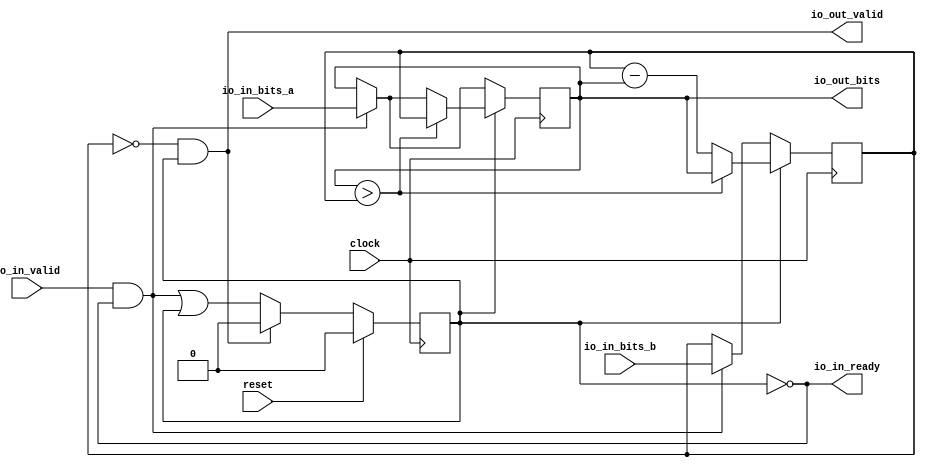
module RealGCD2( // @[:@3.2]
  input         clock, // @[:@4.4]
  input         reset, // @[:@5.4]
  output        io_in_ready, // @[:@6.4]
  input         io_in_valid, // @[:@6.4]
  input  [15:0] io_in_bits_a, // @[:@6.4]
  input  [15:0] io_in_bits_b, // @[:@6.4]
  output        io_out_valid, // @[:@6.4]
  output [15:0] io_out_bits // @[:@6.4]
);
`ifdef RANDOMIZE_REG_INIT
  reg [31:0] _RAND_0;
  reg [31:0] _RAND_1;
  reg [31:0] _RAND_2;
`endif // RANDOMIZE_REG_INIT
  reg [15:0] x; // @[GCDSpec.scala 38:14:@11.4]
  reg [15:0] y; // @[GCDSpec.scala 39:14:@12.4]
  reg  p; // @[GCDSpec.scala 40:18:@13.4]
  wire  _T_23 = ~p; // @[GCDSpec.scala 45:18:@18.4]
  wire  _T_26 = io_in_valid & _T_23; // @[GCDSpec.scala 47:21:@21.4]
  wire [15:0] _GEN_0 = _T_26 ? io_in_bits_a : x; // @[GCDSpec.scala 47:28:@22.4]
  wire  _GEN_2 = _T_26 | p; // @[GCDSpec.scala 47:28:@22.4]
  wire  _T_28 = x > y; // @[GCDSpec.scala 54:13:@28.6]
  wire [15:0] _T_31 = y - x; // @[GCDSpec.scala 55:30:@36.8]
  wire  _T_33 = y == 16'h0; // @[GCDSpec.scala 59:21:@41.4]
  assign io_in_ready = ~p; // @[GCDSpec.scala 45:18:@18.4]
  assign io_out_valid = _T_33 & p; // @[GCDSpec.scala 59:29:@42.4]
  assign io_out_bits = x;
  always @(posedge clock) begin
    if (p) begin // @[GCDSpec.scala 53:12:@27.4]
      if (_T_28) begin // @[GCDSpec.scala 54:19:@29.6]
        x <= y;
      end else begin
        x <= _GEN_0;
      end
    end else begin
      x <= _GEN_0;
    end
    if (p) begin // @[GCDSpec.scala 53:12:@27.4]
      if (_T_28) begin // @[GCDSpec.scala 54:19:@29.6]
        y <= x;
      end else begin
        y <= _T_31;
      end
    end else if (_T_26) begin // @[GCDSpec.scala 47:28:@22.4]
      y <= io_in_bits_b;
    end
    if (reset) begin
      p <= 1'h0;
    end else if (io_out_valid) begin // @[GCDSpec.scala 60:23:@44.4]
      p <= 1'h0;
    end else begin
      p <= _GEN_2;
    end
  end
// Register and memory initialization
`ifdef RANDOMIZE_GARBAGE_ASSIGN
`define RANDOMIZE
`endif
`ifdef RANDOMIZE_INVALID_ASSIGN
`define RANDOMIZE
`endif
`ifdef RANDOMIZE_REG_INIT
`define RANDOMIZE
`endif
`ifdef RANDOMIZE_MEM_INIT
`define RANDOMIZE
`endif
`ifndef RANDOM
`define RANDOM $random
`endif
`ifdef RANDOMIZE_MEM_INIT
  integer initvar;
`endif
`ifndef SYNTHESIS
`ifdef FIRRTL_BEFORE_INITIAL
`FIRRTL_BEFORE_INITIAL
`endif
initial begin
  `ifdef RANDOMIZE
    `ifdef INIT_RANDOM
      `INIT_RANDOM
    `endif
    `ifndef VERILATOR
      `ifdef RANDOMIZE_DELAY
        #`RANDOMIZE_DELAY begin end
      `else
        #0.002 begin end
      `endif
    `endif
`ifdef RANDOMIZE_REG_INIT
  _RAND_0 = {1{`RANDOM}};
  x = _RAND_0[15:0];
  _RAND_1 = {1{`RANDOM}};
  y = _RAND_1[15:0];
  _RAND_2 = {1{`RANDOM}};
  p = _RAND_2[0:0];
`endif // RANDOMIZE_REG_INIT
  `endif // RANDOMIZE
end // initial
`ifdef FIRRTL_AFTER_INITIAL
`FIRRTL_AFTER_INITIAL
`endif
`endif // SYNTHESIS
endmodule